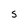
Character: S